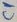
Text: C1